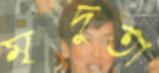
মৃদুতা